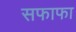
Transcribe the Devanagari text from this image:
सफाफा